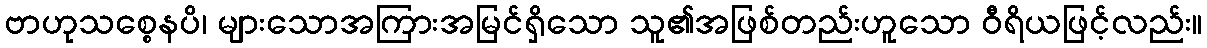
ဗာဟုသစ္စေနပိ၊ များသောအကြားအမြင်ရှိသော သူ၏အဖြစ်တည်းဟူသော ဝီရိယဖြင့်လည်း။